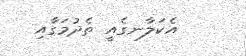
އެކަލާނގެއީ ތެދުމަގާއި